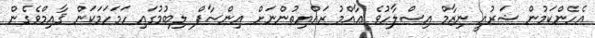
އެހެންކަމުން ޝަރުއީ ނިޒާމް އިސްލާހުވެ ޢާއްމު ރައްޔިތުންނަށް އިންސާފް ލިބުމުގައި ހަމަހަމަކަން ޤާއިމްވެގެން